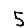
Digit: 5